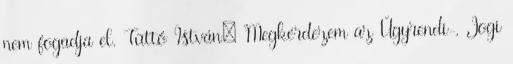
nem fogadja el. Tüttő István: Megkérdezem az Ügyrendi-, Jogi